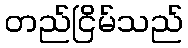
တည်ငြိမ်သည်